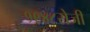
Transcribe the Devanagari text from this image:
१९४८रोजी